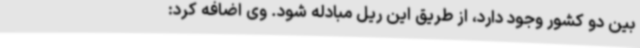
بین دو کشور وجود دارد، از طریق این ریل مبادله شود. وی اضافه کرد: